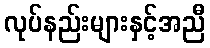
လုပ်နည်းများနှင့်အညီ